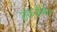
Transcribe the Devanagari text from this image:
शंकरलिंग